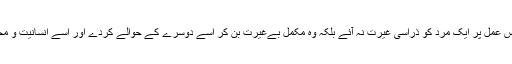
اور اپنی بیوی کے اس عمل پر ایک مرد کو ذراسی غیرت نہ آئے بلکہ وہ مکمل بےغیرت بن کر اسے دوسرے کے حوالے کردے اور اسے انسانیت و محبت کا نام دیا جائے۔